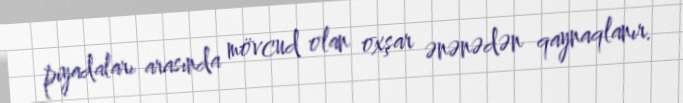
piyadaları arasında mövcud olan oxşar ənənədən qaynaqlanır.